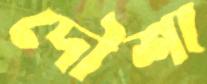
দৌশা